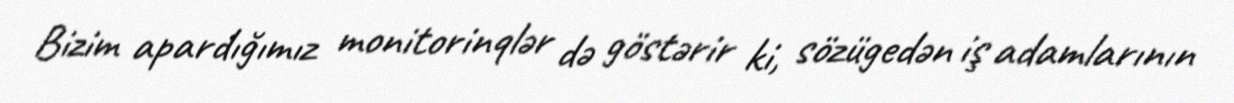
Bizim apardığımız monitorinqlər də göstərir ki, sözügedən iş adamlarının